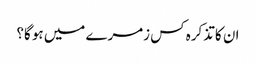
ان کا تذکرہ کس زمرے میں ہو گا؟